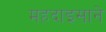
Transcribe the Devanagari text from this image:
महदाइसाने